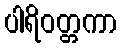
ပါရိဝတ္တကာ